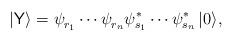
LaTeX: \begin{align*}|\mathsf Y \rangle = \psi_{r_1}^{\phantom*}\cdots \psi_{r_n}^{\phantom*} \psi_{s_1}^* \cdots \psi_{s_n}^* \, |0\rangle,\end{align*}